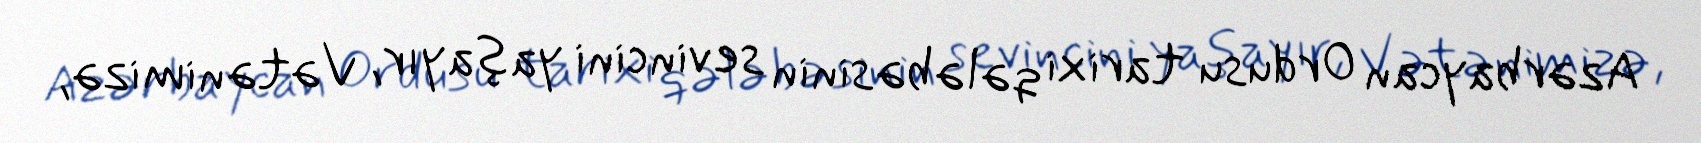
Azərbaycan Ordusu tarixi qələbəsinin sevincini yaşayır, Vətənimizə,